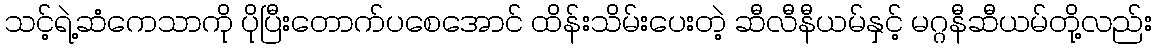
သင့်ရဲ့ဆံကေသာကို ပိုပြီးတောက်ပစေအောင် ထိန်းသိမ်းပေးတဲ့ ဆီလီနီယမ်နှင့် မဂ္ဂနီဆီယမ်တို့လည်း